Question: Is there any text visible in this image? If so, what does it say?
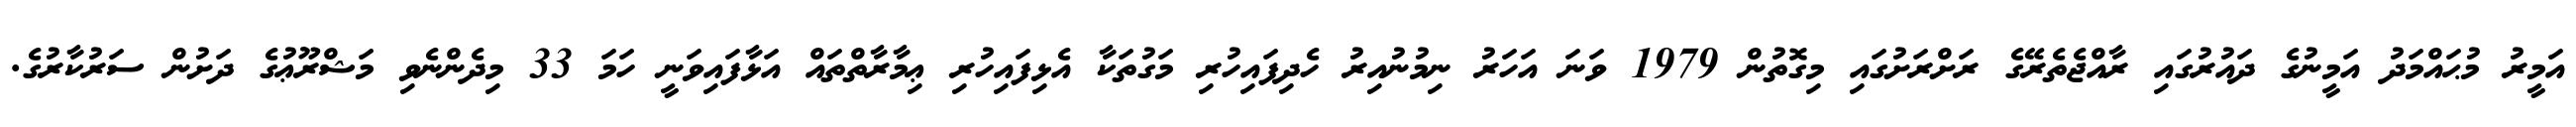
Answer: އަމީރު މުޙައްމަދު އަމީނުގެ ދައުރުގައި ރާއްޖެތެރޭގެ ރަށްރަށުގައި މިގޮތުން 1979 ވަނަ އަހަރު ނިމުނުއިރު ހެދިފައިހުރި މަގުތަކާ އެޅިފައިހުރި ޢިމާރާތްތައް އަޅާފައިވަނީ ހަމަ 33 މިދެންނެވި މަޝްރޫޢުގެ ދަށުން ސަރުކާރުގެ.